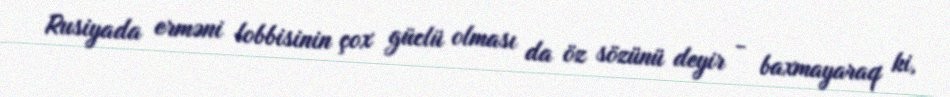
Rusiyada erməni lobbisinin çox güclü olması da öz sözünü deyir - baxmayaraq ki,